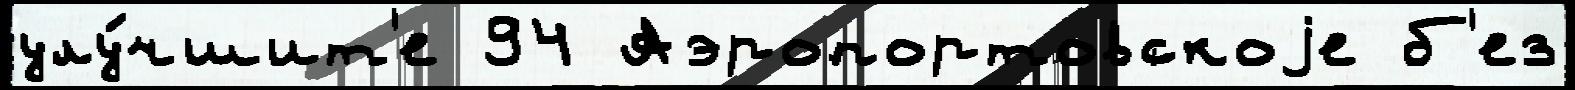
улу́чшит'е 94 Аэропортовскоjе б'ез